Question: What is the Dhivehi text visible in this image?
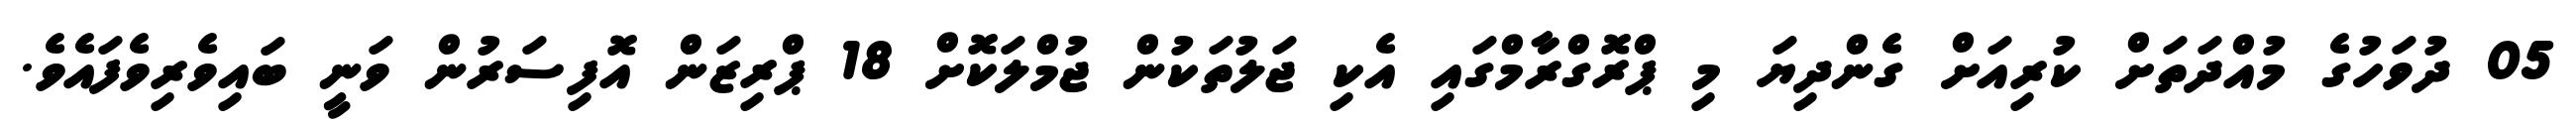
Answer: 05 ދުވަހުގެ މުއްދަތަށް ކުރިއަށް ގެންދިޔަ މި ޕްރޮގްރާމްގައި އެކި ޖަލުތަކުން ޖުމްލަކޮށް 18 ޕްރިޒަން އޮފިސަރުން ވަނީ ބައިވެރިވެފައެވެ.